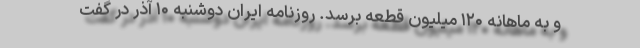
و به ماهانه ۱۲۰ میلیون قطعه برسد. روزنامه ایران دوشنبه ۱۰ آذر در گفت